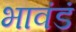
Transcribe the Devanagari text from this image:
भावंडं